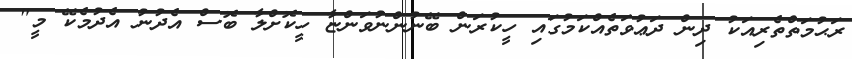
ރަޙުމަތްތެރިއަކު ދިން ދަޢުވަތެއްކަމުގައި ހީކުރަން ބޭނުންނުވަންޏާ ހީކޮށްލާ ބޮސް އެދުނު އެދުމެކޭ މީ"